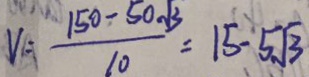
V = \frac { 1 5 0 - 5 0 \sqrt { 3 } } { 1 0 } = 1 5 - 5 \sqrt { 3 }